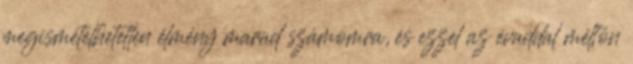
megismételhetetlen élmény marad számomra, és ezzel az évaddal méltón